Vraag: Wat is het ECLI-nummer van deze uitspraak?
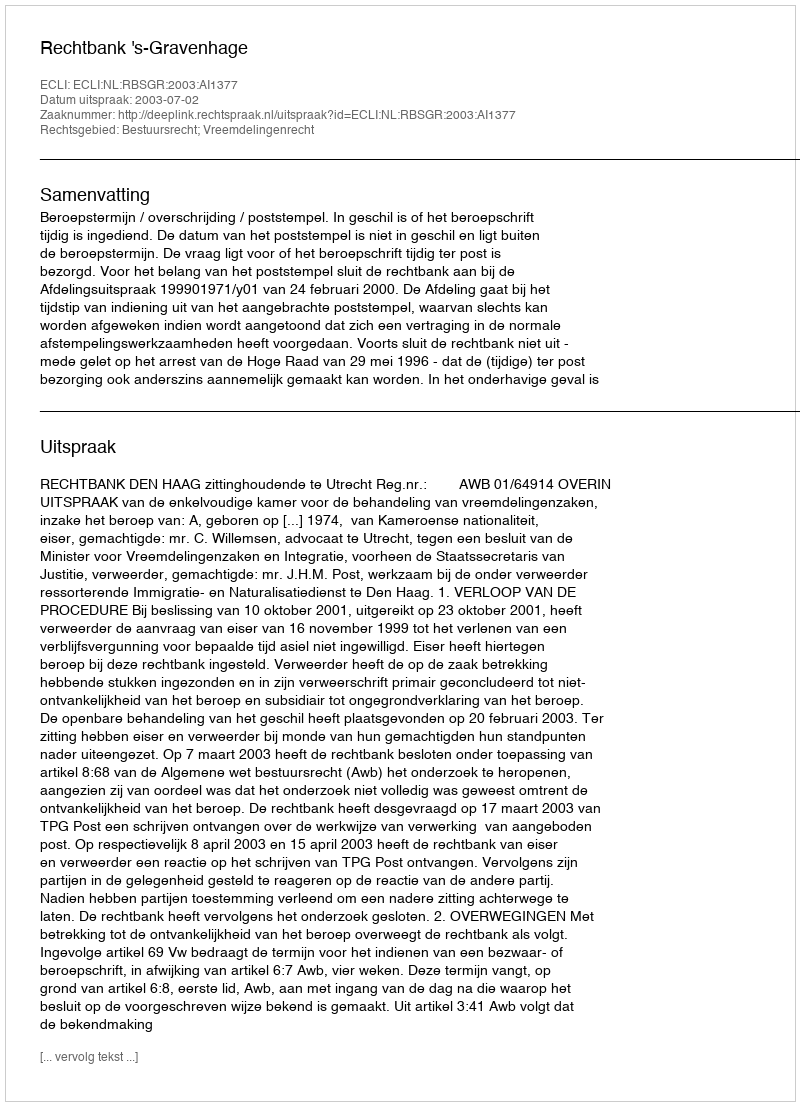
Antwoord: ECLI:NL:RBSGR:2003:AI1377